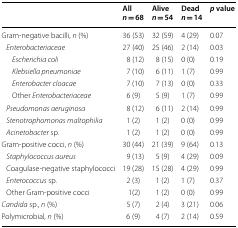
<table><thead><tr><td></td><td><b>All<i>n</i> = 68</b></td><td><b>Alive<i>n</i> = 54</b></td><td><b>Dead<i>n</i> = 14</b></td><td><b><i>p</i> value</b></td></tr></thead><tbody><tr><td>Gram-negative bacilli, <i>n</i> (%)</td><td>36 (53)</td><td>32 (59)</td><td>4 (29)</td><td>0.07</td></tr><tr><td> <i>Enterobacteriaceae</i></td><td>27 (40)</td><td>25 (46)</td><td>2 (14)</td><td>0.03</td></tr><tr><td><i>Escherichia coli</i></td><td>8 (12)</td><td>8 (15)</td><td>0 (0)</td><td>0.19</td></tr><tr><td><i>Klebsiella pneumoniae</i></td><td>7 (10)</td><td>6 (11)</td><td>1 (7)</td><td>0.99</td></tr><tr><td><i>Enterobacter cloacae</i></td><td>7 (10)</td><td>7 (13)</td><td>0 (0)</td><td>0.33</td></tr><tr><td>Other <i>Enterobacteriaceae</i></td><td>6 (9)</td><td>5 (9)</td><td>1 (7)</td><td>0.99</td></tr><tr><td> <i>Pseudomonas aeruginosa</i></td><td>8 (12)</td><td>6 (11)</td><td>2 (14)</td><td>0.99</td></tr><tr><td> <i>Stenotrophomonas maltophilia</i></td><td>1 (2)</td><td>1 (2)</td><td>0 (0)</td><td>0.99</td></tr><tr><td> <i>Acinetobacter</i> sp.</td><td>1 (2)</td><td>1 (2)</td><td>0 (0)</td><td>0.99</td></tr><tr><td>Gram-positive cocci, <i>n</i> (%)</td><td>30 (44)</td><td>21 (39)</td><td>9 (64)</td><td>0.13</td></tr><tr><td> <i>Staphylococcus aureus</i></td><td>9 (13)</td><td>5 (9)</td><td>4 (29)</td><td>0.09</td></tr><tr><td> Coagulase-negative staphylococci</td><td>19 (28)</td><td>15 (28)</td><td>4 (29)</td><td>0.99</td></tr><tr><td> <i>Enterococcus</i> sp.</td><td>2 (3)</td><td>1 (2)</td><td>1 (7)</td><td>0.37</td></tr><tr><td> Other Gram-positive cocci</td><td>1(2)</td><td>1 (2)</td><td>0 (0)</td><td>0.99</td></tr><tr><td><i>Candida</i> sp., <i>n</i> (%)</td><td>5 (7)</td><td>2 (4)</td><td>3 (21)</td><td>0.06</td></tr><tr><td>Polymicrobial, <i>n</i> (%)</td><td>6 (9)</td><td>4 (7)</td><td>2 (14)</td><td>0.59</td></tr></tbody></table>